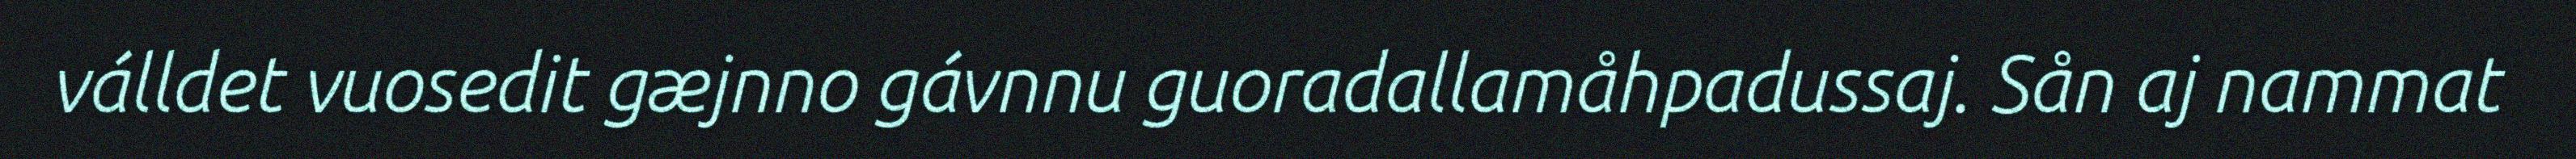
válldet vuosedit gæjnno gávnnu guoradallamåhpadussaj. Sån aj nammat